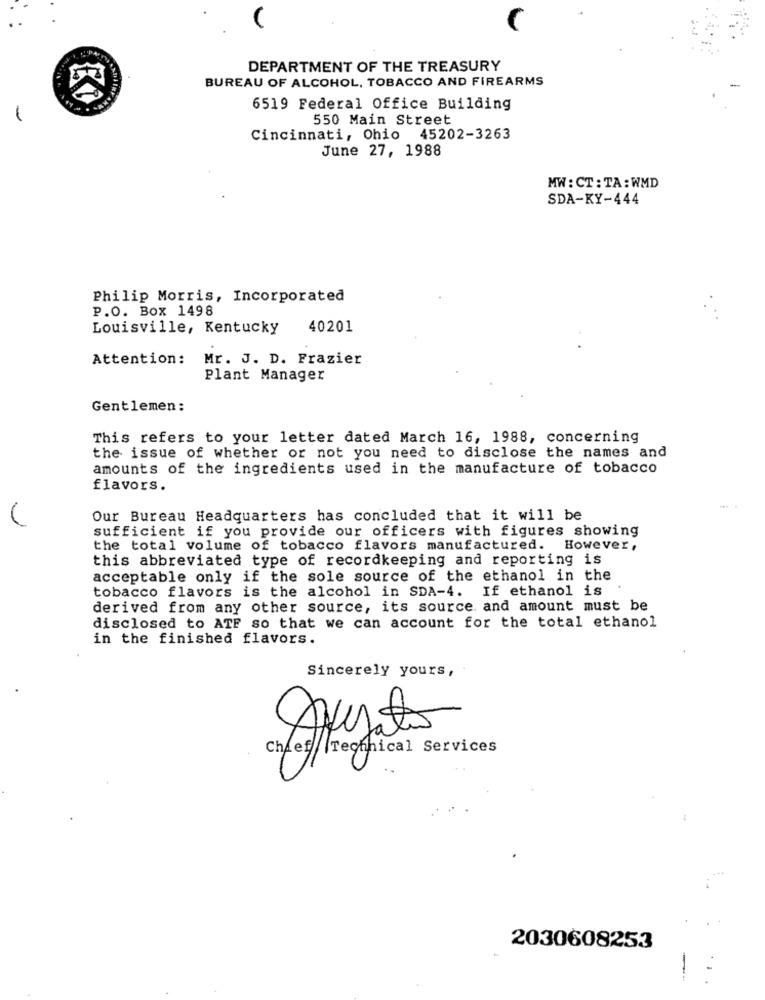
DEPARTMENT OF THE TREASURY
BUREAU OF ALCOHOL, TOBACCO AND FIREARMS
6519 Federal Office Building
-
550 Main Street
Cincinnati, Ohio 45202-3263
June 27, 1988
MW: CT: TA : WMD
SDA-KY-444
Philip Morris, Incorporated
P.O. Box 1498
Louisville, Kentucky
40201
Attention:
Mr. J. D. Frazier
Plant Manager
Gentlemen:
This refers to your letter dated March 16, 1988, concerning
the issue of whether or not you need to disclose the names and
amounts of the ingredients used in the manufacture of tobacco
flavors.
Our Bureau Headquarters has concluded that it will be
sufficient if you provide our officers with figures showing
the total volume of tobacco flavors manufactured. However,
this abbreviated type of recordkeeping and reporting is
acceptable only if the sole source of the ethanol in the
tobacco flavors is the alcohol in SDA-4. If ethanol is
derived from any other source, its source. and amount must be
disclosed to ATF so that we can account for the total ethanol
in the finished flavors.
Sincerely yours,
Chief Technical Services
2030608253